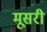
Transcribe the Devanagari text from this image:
मूसरी